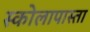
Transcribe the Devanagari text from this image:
स्कोलापास्ता